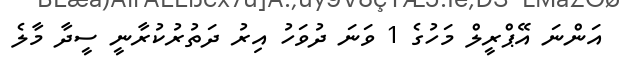
އަންނަ އޭޕްރީލް މަހުގެ 1 ވަނަ ދުވަހު އިރު ދަތުރުކުރާނީ ސީދާ މާލެ